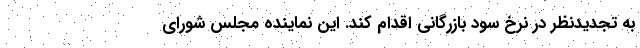
به تجدیدنظر در نرخ سود بازرگانی اقدام کند. این نماینده مجلس شورای